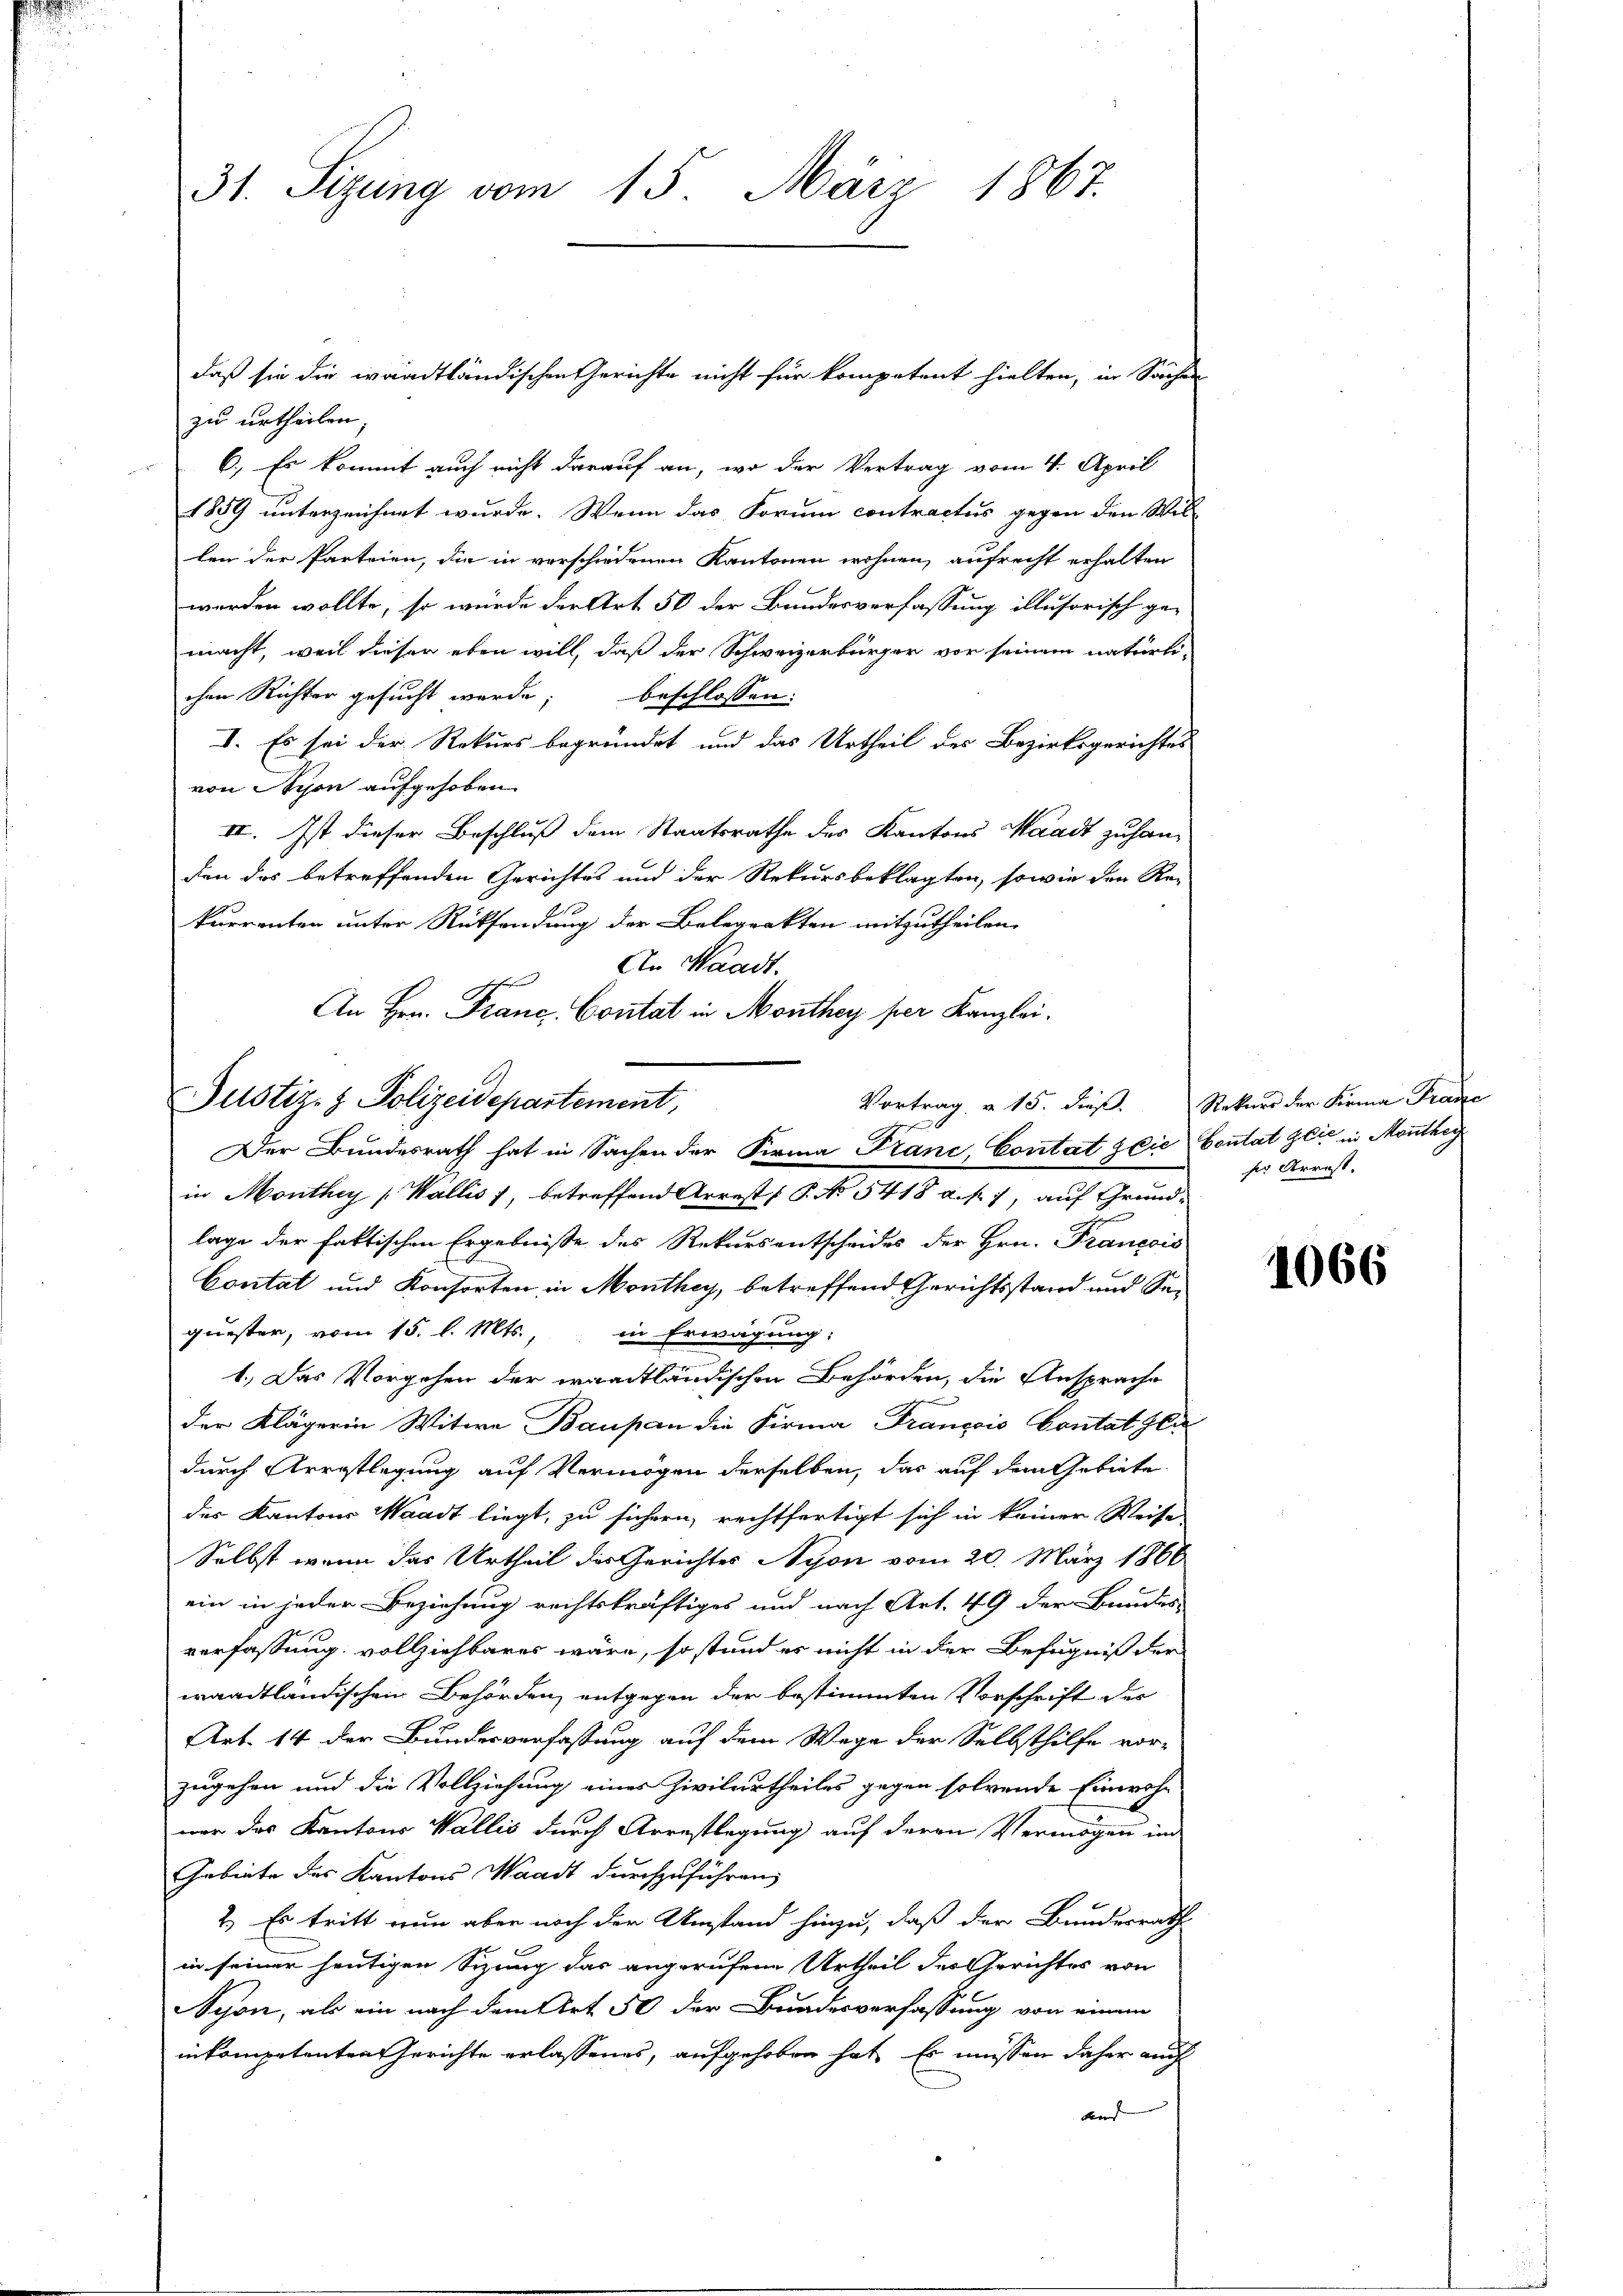
31. Sizung vom 15. März 1867.

daß sie die waadtländischen Gerichte nicht für kompetent hielten, in Sachen
zu urtheilen.
6.) Es kommt auch nicht darauf an, wo der Vertrag vom 4. April
1859 unterzeichnet wurde. Wenn das Forum contractus gegen den Wil-
len der Parteien, die in verschiedenen Kantonen wohnen, aufrecht erhalten
werden wollte, so würde der Art 50 der Bundesverfassung illusorisch ge-
macht, weil dieser eben will, daß der Schweizerbürger vor seinem natürli-
chen Richter gesucht werde;
beschlossen:
I. Es sei der Rekurs begründet und das Urtheil des Bezirksgerichtes
von Nyon aufgehoben.
II. Ist dieser Beschluß dem Staatsrathe des Kantons Waadt zu han-
den das betreffenden Gerichtes und der Rekursbeklagten, sowie den Re-
kurrenten unter Rücksendung der Belegrakten mitzutheilen.
An Waadt.
t
s
An Hrn. Franc Contat in Monthey per Kanzlei.
Der Bundesrath hat in Sachen der Firma Franc, Contat die Contat gli in Monthey
in Monthey (Wallis 1, betreffend Arrest ( P. No 5418 a. p. 7, auf Grundlage der faktischen Ergebnisse des Rekursentscheides der Hrn. François
Contat und Konsorten in Monthey, betreffend Gerichtsstand und Sequester, vom 15. l. Mts., in Erwägung:
1.) Das Vorgehen der waadtländischen Behörden, die Ansprache
der Klägerin Witwe Baupan die Firma Français Contat Gla
durch Arrestlegung auf Vermögen derselben, das auf dem Gebiete
der Kantons Waadt liegt, zu sichern, rechtfertigt sich in keiner Weise
Selbst wenn das Urtheil des Gerichtes Nison vom 20. März 1866
ein in jeder Beziehung rechtskräftiges und nach Art. 49 der Bundes-
verfassung vollziehbares wäre, so stand es nicht in der Befugniß der
waadtländischen Behörden, entgegen der bestimmten Vorschrift des
Art. 14 der Bundesverfassung auf dem Wege der Selbsthilfe vorzugehen und die Vollziehung eines Zivilurtheiles gegen solvende Einwohn
ner das Kantons Wallis durch Arrestlegung auf deren Vermögen im
Gabiete des Kantons Waadt durchzuführen,
2.) Es tritt nun aber noch der Umstand hinzu, daß der Bundesrath
in seiner heutigen Sizung das angerufene Urtheil des Gerichtes von
Schon, als ein nach dem Art. 50 der Bundesverfassung von einem
inkompetenten Gerichte erlassenes, aufgehoben hat. Es müssen daher auch
kr

Justiz- & Polizeidepartement,

Vortrag u. 15. dieß. Rekurs der Firma Franze

ser Arrest.

1066